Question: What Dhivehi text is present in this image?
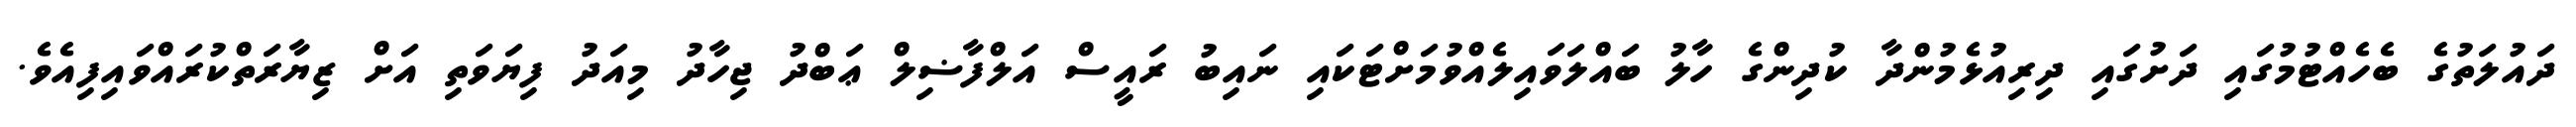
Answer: ދައުލަތުގެ ބެހެއްޓުމުގައި ދަށުގައި ދިރިއުޅެމުންދާ ކުދިންގެ ހާލު ބައްލަވައިލެއްވުމަށްޓަކައި ނައިބު ރައީސް އަލްފާޟިލް ޢަބްދު ޖިހާދު މިއަދު ފިޔަވަތި އަށް ޒިޔާރަތްކުރައްވައިފިއެވެ.